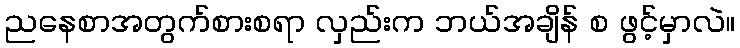
ညနေစာအတွက်စားစရာ လှည်းက ဘယ်အချိန် စ ဖွင့်မှာလဲ။